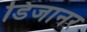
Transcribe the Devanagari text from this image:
डिजानर